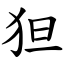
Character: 狚